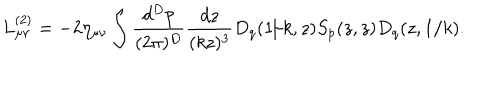
LaTeX: L _ { \mu \nu } ^ { ( 2 ) } = - 2 \eta _ { \mu \nu } \int { \frac { d ^ { D } p } { ( 2 \pi ) ^ { D } } } { \frac { d z } { ( k z ) ^ { 3 } } } D _ { q } ( 1 / k , z ) S _ { p } ( z , z ) D _ { q } ( z , 1 / k ) .